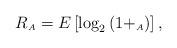
LaTeX: \begin{align*} R_{\scriptscriptstyle{A}} = E \left[\log_2 \left(1+_{\scriptscriptstyle{A}}\right)\right],\end{align*}